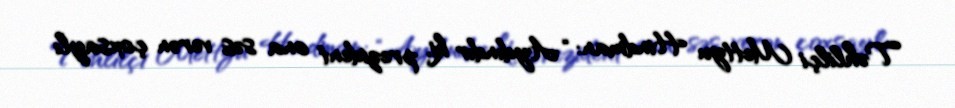
Təhlilçi Mettyu Hindman: “Aydındır ki, prezident ona səs verən çoxsaylı